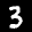
Label: 3